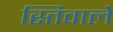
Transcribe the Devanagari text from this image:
स्तिवाले